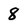
Character: 8